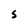
Character: S